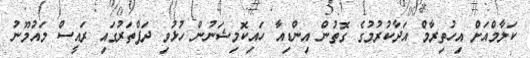
ކަލާމްއަށް އިހުތިރާމް އަދާކުރުމުގެ ގޮތުން އިންޑިއާ ހައިކޮމިޝަނުން ހުޅުވި ދަފްތަރުގައި ރައީސް މައުމޫނު